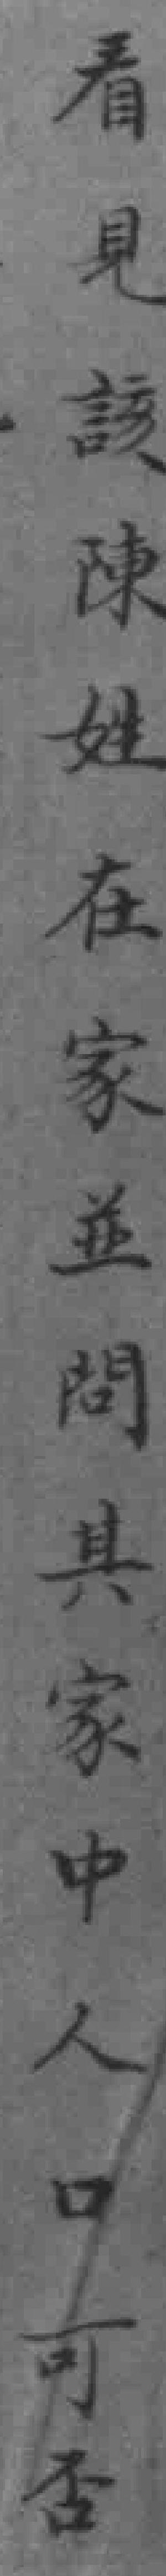
看見該陳姓在家並間具家中人口可否